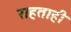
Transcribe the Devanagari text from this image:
राहताही